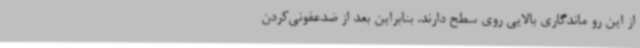
از این رو ماندگاری بالایی روی سطح دارند. بنابراین بعد از ضدعفونی‌کردن